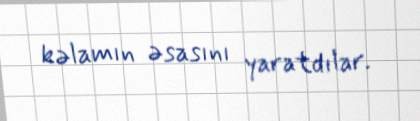
kəlamın əsasını yaratdılar.